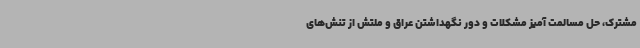
مشترک، حل مسالمت آمیز مشکلات و دور نگهداشتن عراق و ملتش از تنش‌های